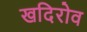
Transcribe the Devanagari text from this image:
खदिरोव